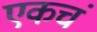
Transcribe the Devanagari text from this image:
एकचं